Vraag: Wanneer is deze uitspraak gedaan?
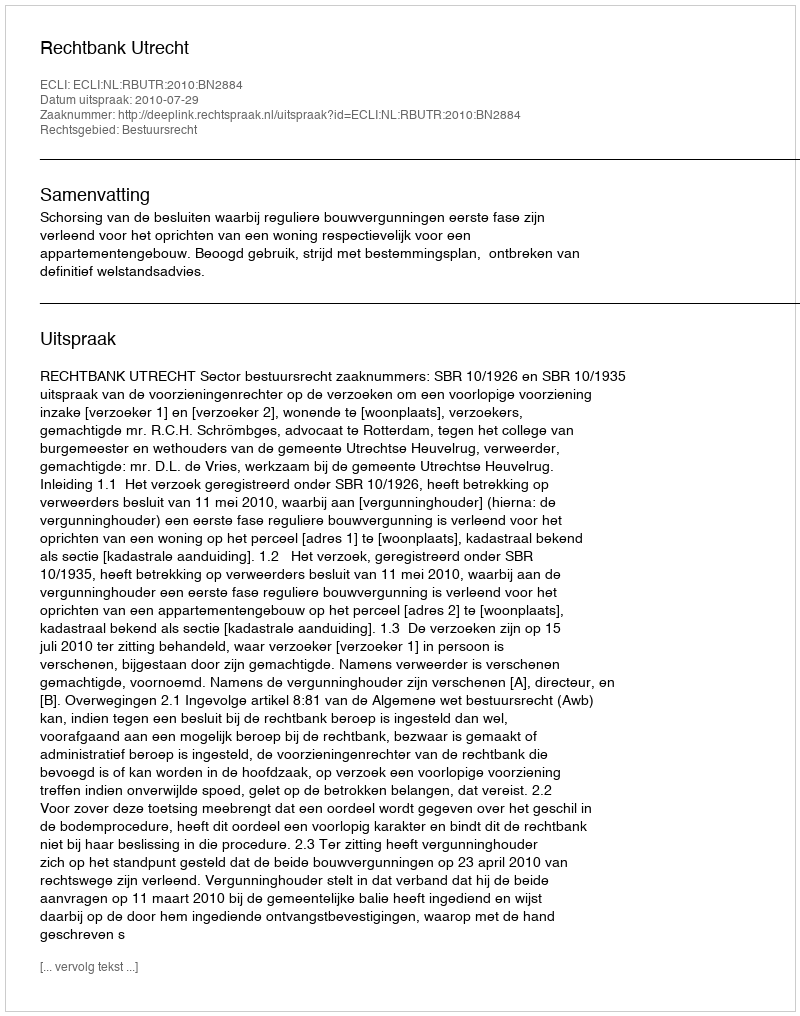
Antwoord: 2010-07-29